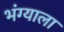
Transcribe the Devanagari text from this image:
भंग्याला